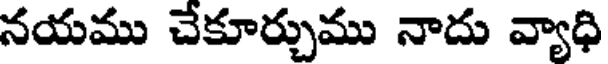
నయము చేకూర్చుము నాదు వ్యాధి